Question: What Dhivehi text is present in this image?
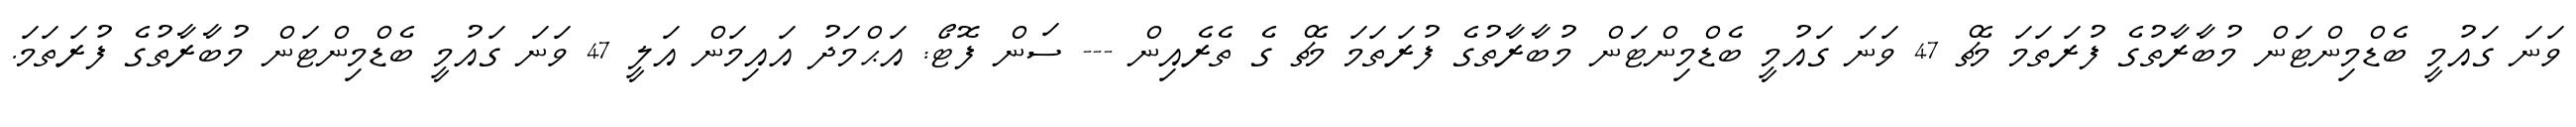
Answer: ވަނަ ގައުމީ ބެޑްމިންޓަން މުބާރާތުގެ ފުރަތަމަ މެޗް 47 ވަނަ ގައުމީ ބެޑްމިންޓަން މުބާރާތުގެ ފުރަތަމަ މެޗް ގެ ތެރެއިން --- ސަން ފޮޓޯ: އަޙްމަދު އައިމަން އަލީ 47 ވަނަ ގައުމީ ބެޑްމިންޓަން މުބާރާތުގެ ފުރަތަމަ.